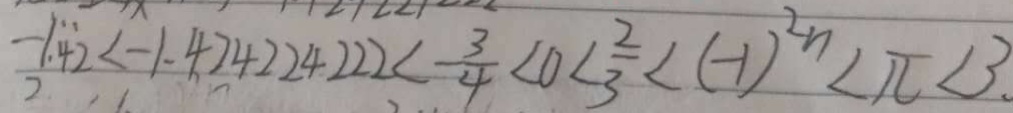
- 1 . 4 2 < - 1 . 4 2 4 2 2 4 2 2 2 < \frac { 3 } { 4 } < 0 < \frac { 2 } { 3 } < ( - 1 ) ^ { 2 n } < \pi < 3 .